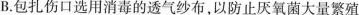
B.包扎伤口选用消毒的透气纱布，以防止厌氧菌大量繁殖